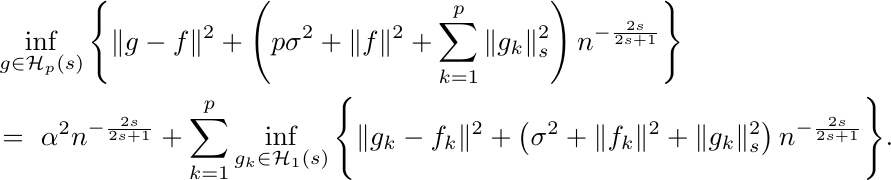
\begin{align*}
    &\inf_{g\in \mathcal{H}_p(s)} \Bigg\{ \|g-f\|^2 + \left(p\sigma^2+\|f\|^2+\sum_{k=1}^p\|g_k\|^2_s \right) n^{-\frac{2s}{2s+1}}\Bigg\}\\
    &=~ \alpha^2n^{-\frac{2s}{2s+1}}+\sum_{k=1}^p\inf_{g_k\in \mathcal{H}_1(s)} \Bigg\{ \|g_k-f_k\|^2 + \left(\sigma^2+\|f_k\|^2+\|g_k\|^2_s \right) n^{-\frac{2s}{2s+1}}\Bigg\}.
\end{align*}